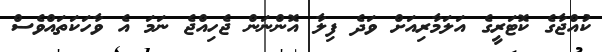
ކުއްޖާގެ ކޮޓަރީގެ އަލަމާރިއަށް ވަދެ ފިލާ އޮންނަން ޖެހިއްޖެ ނަމަ އެ ވާހަކަތައްވެސް